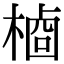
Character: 𬃺